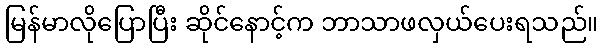
မြန်မာလိုပြောပြီး ဆိုင်နောင့်က ဘာသာဖလှယ်ပေးရသည်။